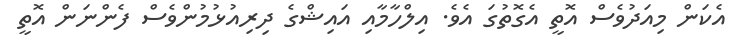
އެކަން މިއަދުވެސް އޮތީ އެގޮތުގަ އެވެ. އިލްހާމާއި އައިޝްގެ ދިރިއުޅުމުންވެސް ފެންނަން އޮތީ